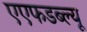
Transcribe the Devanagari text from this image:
एएफडब्ल्‍यू